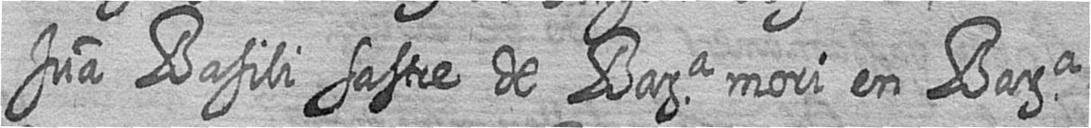
Jua Basili sastre de Bara mori en Bara